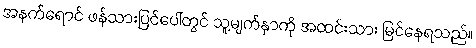
အနက်ရောင် ဖန်သားပြင်ပေါ်တွင် သူ့မျက်နှာကို အထင်းသား မြင်နေရသည်။